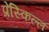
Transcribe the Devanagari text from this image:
प्रेस्किल्ल